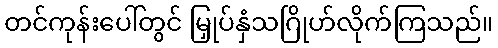
တင်ကုန်းပေါ်တွင် မြှုပ်နှံသဂြိုဟ်လိုက်ကြသည်။